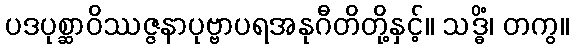
ပဒပုစ္ဆာဝိဿဇ္ဇနာပုဗ္ဗာပရအနုဂီတိတို့နှင့်။ သဒ္ဓိံ၊ တကွ။